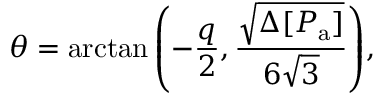
\theta = \arctan { \left( - \frac { q } { 2 } , \frac { \sqrt { \Delta [ P _ { \mathrm { a } } ] } } { 6 \sqrt { 3 } } \right) } ,